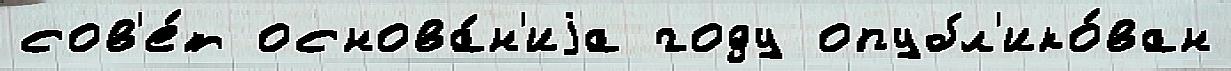
сов'е́т основа́н'иjа году опубл'ико́ван